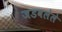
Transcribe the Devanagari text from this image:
जडवलेले